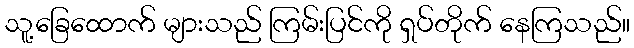
သူ့ခြေထောက် များသည် ကြမ်းပြင်ကို ရှပ်တိုက် နေကြသည်။